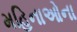
મહિનાઓના